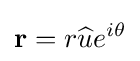
\mathbf {r} =r{\widehat {u}}e^{i\theta }